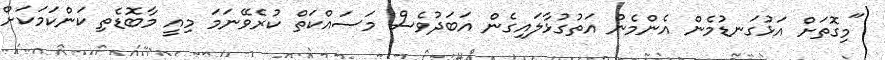
"މިގޮތަށް އަޅުގަނޑުމެން އެންމެން އަތުގުޅާލައިގެން އަބަދުވެސް މަސައްކަތް ކުރެވޭނަމަ މިއީ މާބޮޑެތި ކަންކަމަކަށް